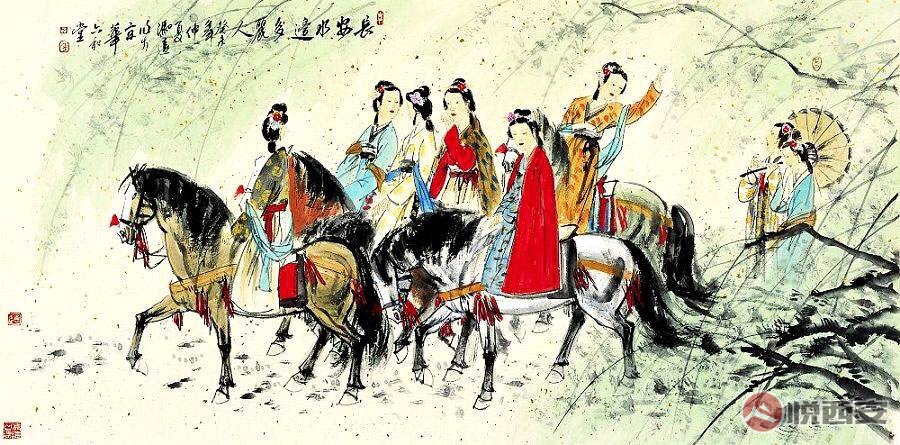
三月三日天气新，长安水边多丽人。